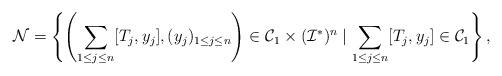
LaTeX: \begin{align*}{\mathcal N} = \left\{\left( \sum_{1 \le j \le n} [T_j,y_j],(y_j)_{1 \le j \le n}\right) \in {\mathcal C}_1 \times ({\mathcal I}^*)^n \mid \sum_{1 \le j \le n} [T_j,y_j] \in {\mathcal C}_1\right\},\end{align*}